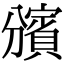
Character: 𧷟